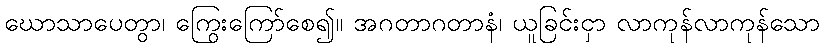
ဃောသာပေတွာ၊ ကြွေးကြော်စေ၍။ အဂတာဂတာနံ၊ ယူခြင်းငှာ လာကုန်လာကုန်သော